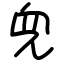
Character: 𫤘